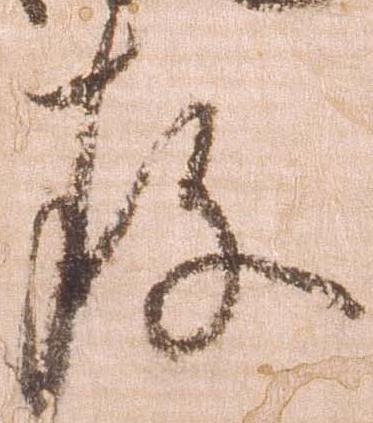
存